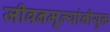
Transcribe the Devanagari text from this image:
जीवनमूल्यांनीयुक्त